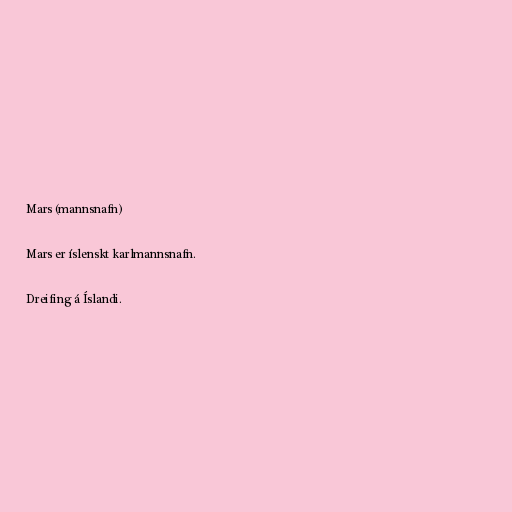
Mars (mannsnafn)

Mars er íslenskt karlmannsnafn.

Dreifing á Íslandi.